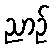
ညာဉ်